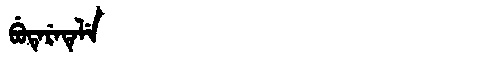
Manchu: ᠪᡠᡨᡝᡵᡝᡨᡝᠯᡝ
Romanization: BUTERETELE